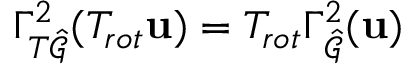
\Gamma _ { T \hat { \mathcal { G } } } ^ { 2 } ( T _ { r o t } \mathbf { u } ) = T _ { r o t } \Gamma _ { \hat { \mathcal { G } } } ^ { 2 } ( \mathbf { u } )